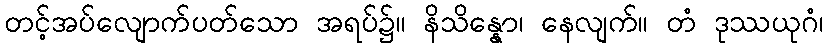
တင့်အပ်လျောက်ပတ်သော အရပ်၌။ နိသိန္နော၊ နေလျက်။ တံ ဒုဿယုဂံ၊